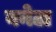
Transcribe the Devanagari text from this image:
बनेटा